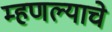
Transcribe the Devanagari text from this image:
म्हणल्याचे